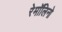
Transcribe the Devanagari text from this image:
रेमॉलिनो